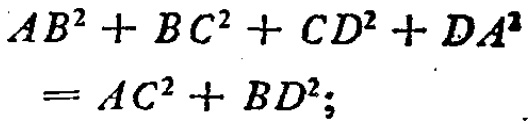
\[

\begin{align*}

AB^{2}+BC^{2}+CD^{2}+DA^{2}&=AC^{2}+BD^{2};

\end{align*}

\]